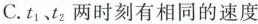
C.t_{1}、t_{2}两时刻有相同的速度